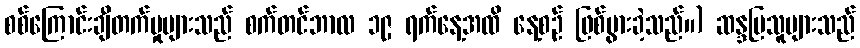
စစ်ကြောင်းချီတက်မှုများသည် စက်တင်ဘာလ ၁၉ ရက်နေ့အထိ နေ့စဉ် ဖြစ်ပွားခဲ့သည်။) ဆန္ဒပြသူများသည်